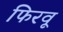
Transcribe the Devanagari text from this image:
फिरवू